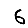
Digit: 6